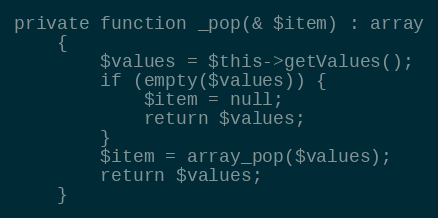
Language: PHP
private function _pop(& $item) : array
    {
        $values = $this->getValues();
        if (empty($values)) {
            $item = null;
            return $values;
        }
        $item = array_pop($values);
        return $values;
    }